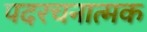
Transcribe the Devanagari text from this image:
पदरचनात्मक